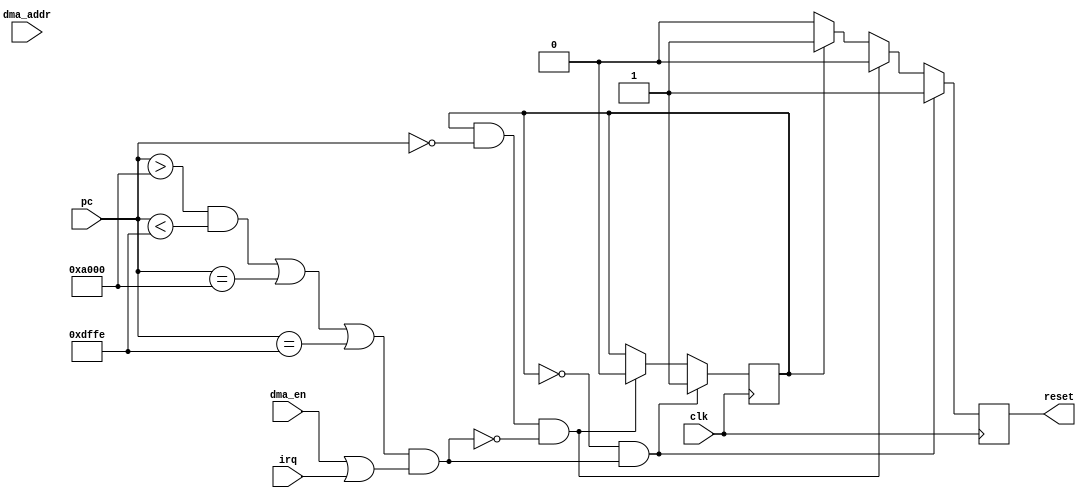

module  dma_detect (
    clk,
    pc,
    dma_addr,
    dma_en,
	irq,

    reset,
);
input           clk;
input   [15:0]  pc;
input   [15:0]  dma_addr;
input           dma_en;
input			irq;
output          reset;

// MACROS ///////////////////////////////////////////
parameter SMEM_BASE = 16'hA000;
parameter SMEM_SIZE = 16'h4000;
/////////////////////////////////////////////////////



parameter LAST_SMEM_ADDR = SMEM_BASE + SMEM_SIZE - 2;

parameter RESET_HANDLER = 16'h0000;
parameter RUN  = 1'b0, KILL = 1'b1;
//-------------Internal Variables---------------------------
reg             state;
reg             key_res;
//

initial
    begin
        state = KILL;
        key_res = 1'b1;
    end

wire is_mid_rom = pc > SMEM_BASE && pc < LAST_SMEM_ADDR;
wire is_first_rom = pc == SMEM_BASE;
wire is_last_rom = pc == LAST_SMEM_ADDR;
wire is_in_rom = is_mid_rom | is_first_rom | is_last_rom;
wire is_outside_rom = pc < SMEM_BASE | pc > LAST_SMEM_ADDR;

wire invalid_dma = is_in_rom && (dma_en || irq);

always @(posedge clk)
if( state == RUN && invalid_dma) 
    state <= KILL;
else if (state == KILL && pc == RESET_HANDLER && !invalid_dma)
    state <= RUN;
else state <= state;

always @(posedge clk)
if (state == RUN && invalid_dma)
    key_res <= 1'b1;
else if (state == KILL && pc == RESET_HANDLER && !invalid_dma)
    key_res <= 1'b0;
else if (state == KILL)
    key_res <= 1'b1;
else if (state == RUN)
    key_res <= 1'b0;
else key_res <= 1'b0;

assign reset = key_res;

endmodule